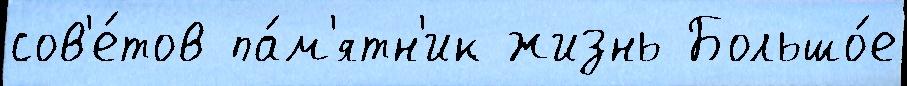
сов'е́тов па́м'ятн'ик жизнь Большо́е